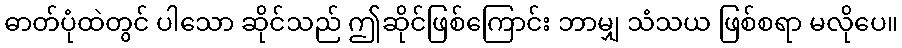
ဓာတ်ပုံထဲတွင် ပါသော ဆိုင်သည် ဤဆိုင်ဖြစ်ကြောင်း ဘာမျှ သံသယ ဖြစ်စရာ မလိုပေ။